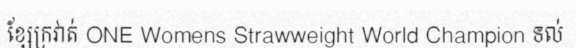
ខ្សែក្រវាត់ ONE Womens Strawweight World Champion ទល់